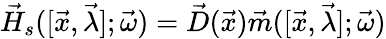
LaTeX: \vec{H}_{s}([\vec{x},\vec{\lambda}];\vec{\omega})=\vec{D}(\vec{x})\vec{m}([\vec{x},\vec{\lambda}];\vec{\omega})